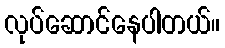
လုပ်ဆောင်နေပါတယ်။